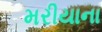
મરીયાના